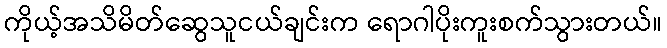
ကိုယ့်အသိမိတ်ဆွေသူငယ်ချင်းက ရောဂါပိုးကူးစက်သွားတယ်။